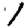
Digit: 1